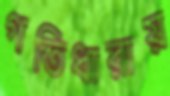
গতিধারায়